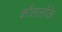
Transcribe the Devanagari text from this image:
कौशलोंके